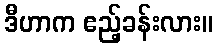
ဒီဟာက ဧည့်ခန်းလား။